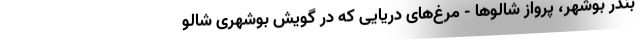
بندر بوشهر، پرواز شالوها - مرغ‌های دریایی که در گویش‌ بوشهری شالو